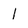
Character: 1